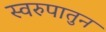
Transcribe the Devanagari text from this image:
स्वरुपातुन